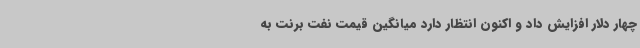
چهار دلار افزایش داد و اکنون انتظار دارد میانگین قیمت نفت برنت به